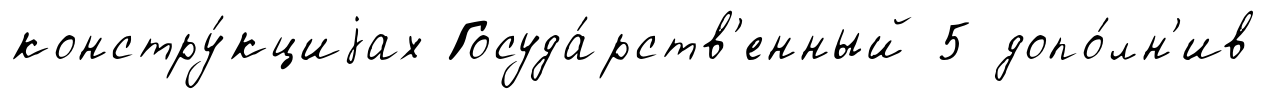
констру́кциjах Госуда́рств'енный 5 допо́лн'ив